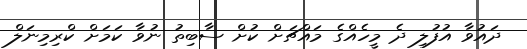
ދައުވާ އުފުލި ދެ މީހެއްގެ މައްޗަށް ކުށް ސާބިތު ނުވާ ކަމަށް ކްރިމިނަލް